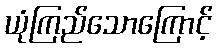
ယုံကြည်သောကြောင့်